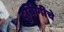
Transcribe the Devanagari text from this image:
दुर्बिणीचे